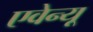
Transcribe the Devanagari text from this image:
एवेन्‍यू